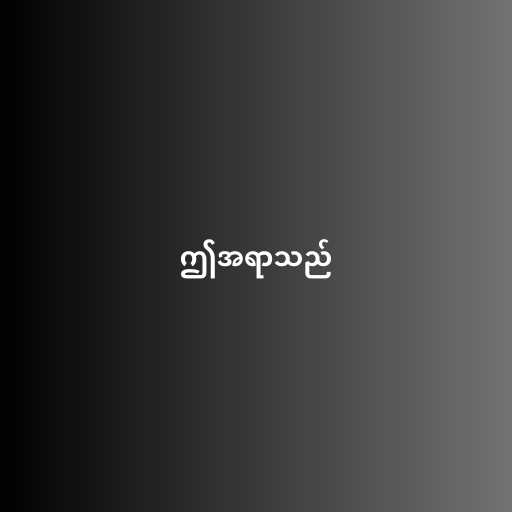
ဤအရာသည်